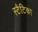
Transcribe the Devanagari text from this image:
स्टैटिका